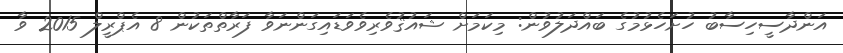
އަންދާސީހިސާބު ހުށަހެޅުމުގެ ބައްދަލުވުން: މިކަމަށް ޝައުޤުވެރިވެވަޑައިގަންނަވާ ފަރާތްތަކުން 8 އެޕްރީލް 2015 ވާ